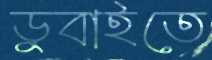
ডুবাইতে